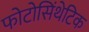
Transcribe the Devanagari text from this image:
फोटोसिंथेटिक